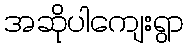
အဆိုပါကျေးရွာ